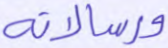
ورسالاته